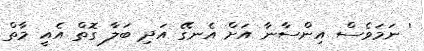
' ނަމަވެސް އިންސާނާ އަށް އެނގޭ އަދި ބަލާ ގޮތް އެއީ މާތް